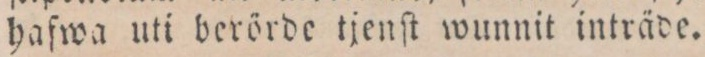
hafwa uti berörde tjenſt wunnit inträde.